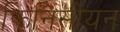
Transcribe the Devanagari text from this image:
फिनिसीयन